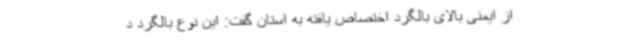
از ایمنی بالای بالگرد اختصاص یافته به استان گفت: این نوع بالگرد د